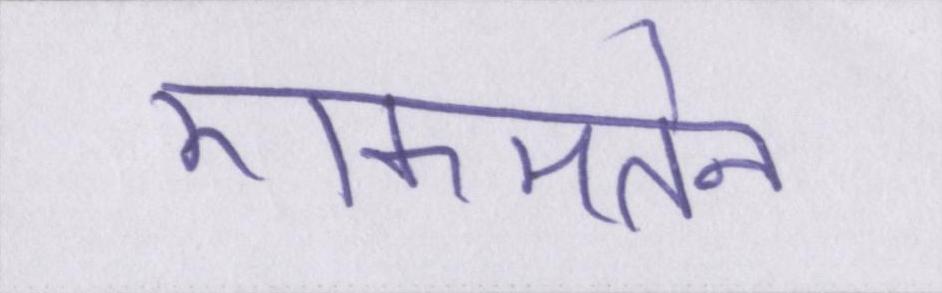
एकमतेन